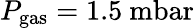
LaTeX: P_{\mathrm{gas}}=1.5~\mathrm{mbar}